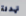
تهدئة